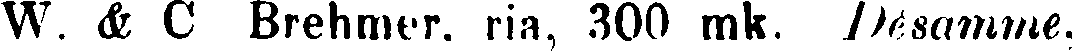
W. & C Brehmer. ria, 300 mk. Desamme.